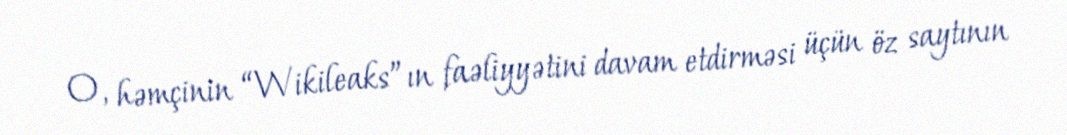
O, həmçinin “Wikileaks”ın faəliyyətini davam etdirməsi üçün öz saytının